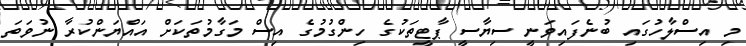
މި އިސްލާހުގައި ބުނެފައިވަނީ ސިޔާސީ ޕާޓީތަކުގެ ހިންގުމުގެ އިސް މަގާމުތަކަށް އައްޔަންކުރާ ނުވަތަ